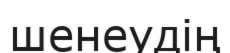
шенеудің